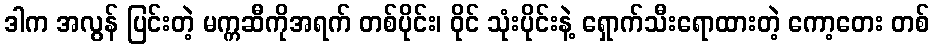
ဒါက အလွန် ပြင်းတဲ့ မက္ကဆီကိုအရက် တစ်ပိုင်း၊ ဝိုင် သုံးပိုင်းနဲ့ ရှောက်သီးရောထားတဲ့ ကော့တေး တစ်